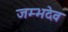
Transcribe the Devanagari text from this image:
जम्भदेव